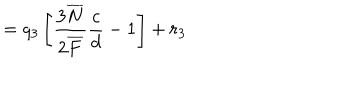
= q _ { 3 } \left[ \frac { 3 \overline { { { N } } } } { 2 \overline { { { F } } } } \frac { c } { d } - 1 \right] + r _ { 3 }